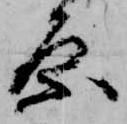
原